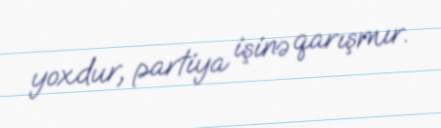
yoxdur, partiya işinə qarışmır.